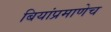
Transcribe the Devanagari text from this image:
बियांप्रमाणेच